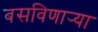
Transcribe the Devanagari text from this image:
बसविणार्‍या